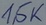
Text: 1,5K